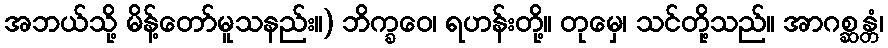
အဘယ်သို့ မိန့်တော်မူသနည်း။) ဘိက္ခဝေ၊ ရဟန်းတို့။ တုမှေ၊ သင်တို့သည်။ အာဂစ္ဆန္တံ၊